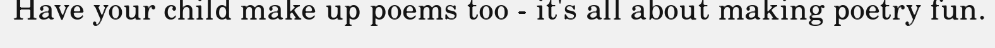
Have your child make up poems too - it's all about making poetry fun.